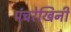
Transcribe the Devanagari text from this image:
पंचरेखिनी